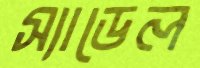
স্যাডেল